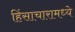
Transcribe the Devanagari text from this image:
हिंसाचारामध्ये